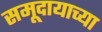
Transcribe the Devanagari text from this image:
समूदायाच्या